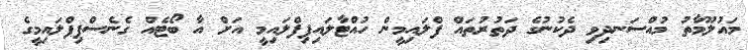
މައުލޫމާތު މުއްސަނދިވި ދެކުނުގެ ދަތުރުތައް ފްލައިމީން ހުއްޓާލައިފިފްލައިމީ އަށް އާ ބޯޓެއް ގެނެސްފިފްލައިމީގެ